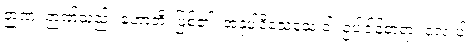
ဉာဏံ၊ ဉာဏ်သည်။ ဟောတိ၊ ဖြစ်၏။ အနုပါဒိသေသေ ဝါ၊ ဥပါဒါန်တရား လေးပါး